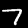
Digit: 7